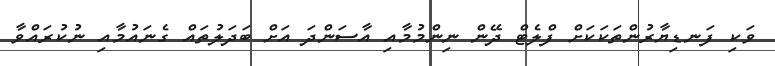
ވަކި ފަނޑިޔާރުންތަކަކަށް ފްލެޓް ދޭން ނިންމުމާއި އާސަންދަ އަށް ބަދަލުތައް ގެނައުމާއި ނުކުރައްވާ